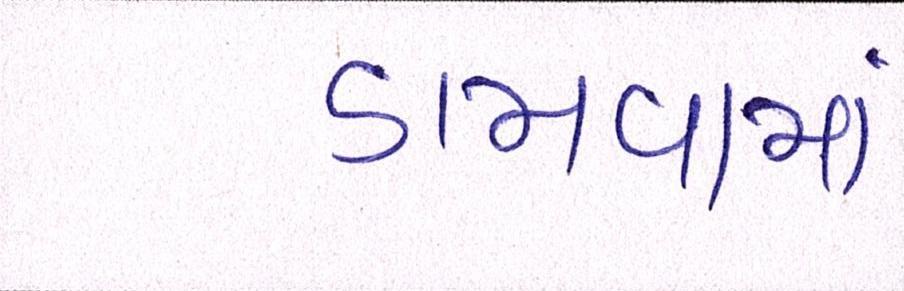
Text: ડામવામાં